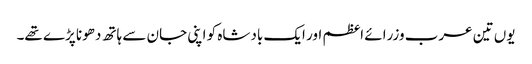
یوں تین عرب وزرائے اعظم اور ایک بادشاہ کو اپنی جان سے ہاتھ دھونا پڑے تھے۔